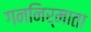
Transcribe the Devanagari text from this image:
गननिर्माता